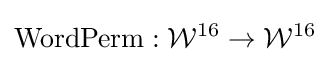
{\textrm {WordPerm}}:{\mathcal {W}}^{16}\rightarrow {\mathcal {W}}^{16}